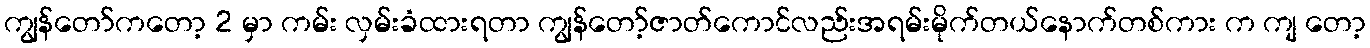
ကျွန်တော်ကတော့ 2 မှာ ကမ်း လှမ်းခံထားရတာ ကျွန်တော့်ဇာတ်ကောင်လည်းအရမ်းမိုက်တယ်နောက်တစ်ကား က ကျ တော့